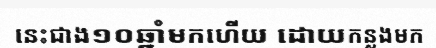
នេះជាង១០ឆ្នាំមកហើយ ដោយកន្លងមក